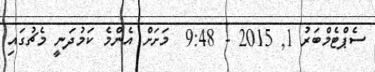
ސެޕްޓެމްބަރު 1